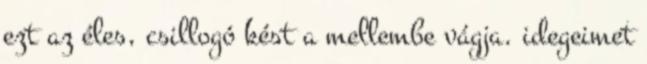
ezt az éles, csillogó kést a mellembe vágja. idegeimet